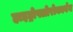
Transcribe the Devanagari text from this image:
हाइड्रोफ्लोरोकार्बन